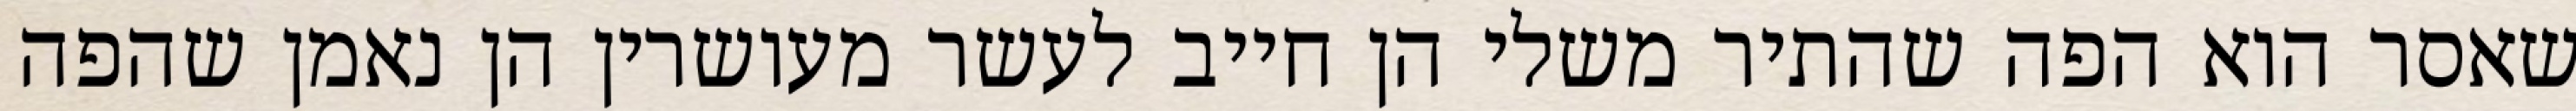
שאסר הוא הפה שהתיר משלי הן חייב לעשר מעושרין הן נאמן שהפה